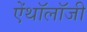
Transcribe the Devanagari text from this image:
ऐंथॉलॉजी